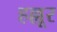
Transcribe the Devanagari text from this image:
हल्लूर